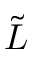
\tilde { L }